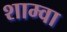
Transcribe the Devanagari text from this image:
शाम्वा